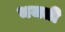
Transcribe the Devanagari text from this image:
भजती